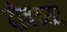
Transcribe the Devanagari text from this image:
दीवच्या